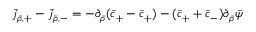
\bar { j } _ { \bar { \rho } , + } - \bar { j } _ { \bar { \rho } , - } = - \partial _ { \bar { \rho } } ( \bar { c } _ { + } - \bar { c } _ { + } ) - ( \bar { c } _ { + } + \bar { c } _ { - } ) \partial _ { \bar { \rho } } \bar { \psi }